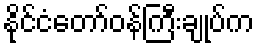
နိုင်ငံတော်ဝန်ကြီးချုပ်က